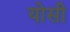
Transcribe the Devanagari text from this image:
योसी